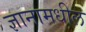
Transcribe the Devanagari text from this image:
ज्ञानामधील